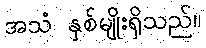
အသံ နှစ်မျိုးရှိသည်။